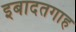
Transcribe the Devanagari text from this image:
इबादतगाह